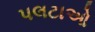
પલટાઓ